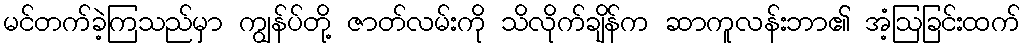
မင်တက်ခဲ့ကြသည်မှာ ကျွန်ပ်တို့ ဇာတ်လမ်းကို သိလိုက်ချိန်က ဆာကူလန်းဘာ၏ အံ့ဩခြင်းထက်